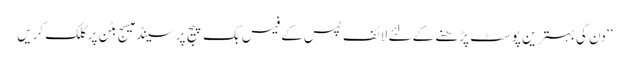
‘‘دن کی بہتر ین پوسٹ پڑھنے کے لئے لائف ٹپس کے فیس بک پیج پر سینڈ میسج بٹن پر کلک کریں